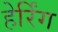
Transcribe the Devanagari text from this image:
हेर्रिंग